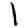
Digit: 1